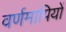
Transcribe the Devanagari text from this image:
वर्णमापियों